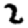
Digit: 2